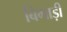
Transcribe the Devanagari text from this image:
बिगाड़ी